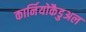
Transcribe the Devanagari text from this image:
कार्नियोकैडुअल